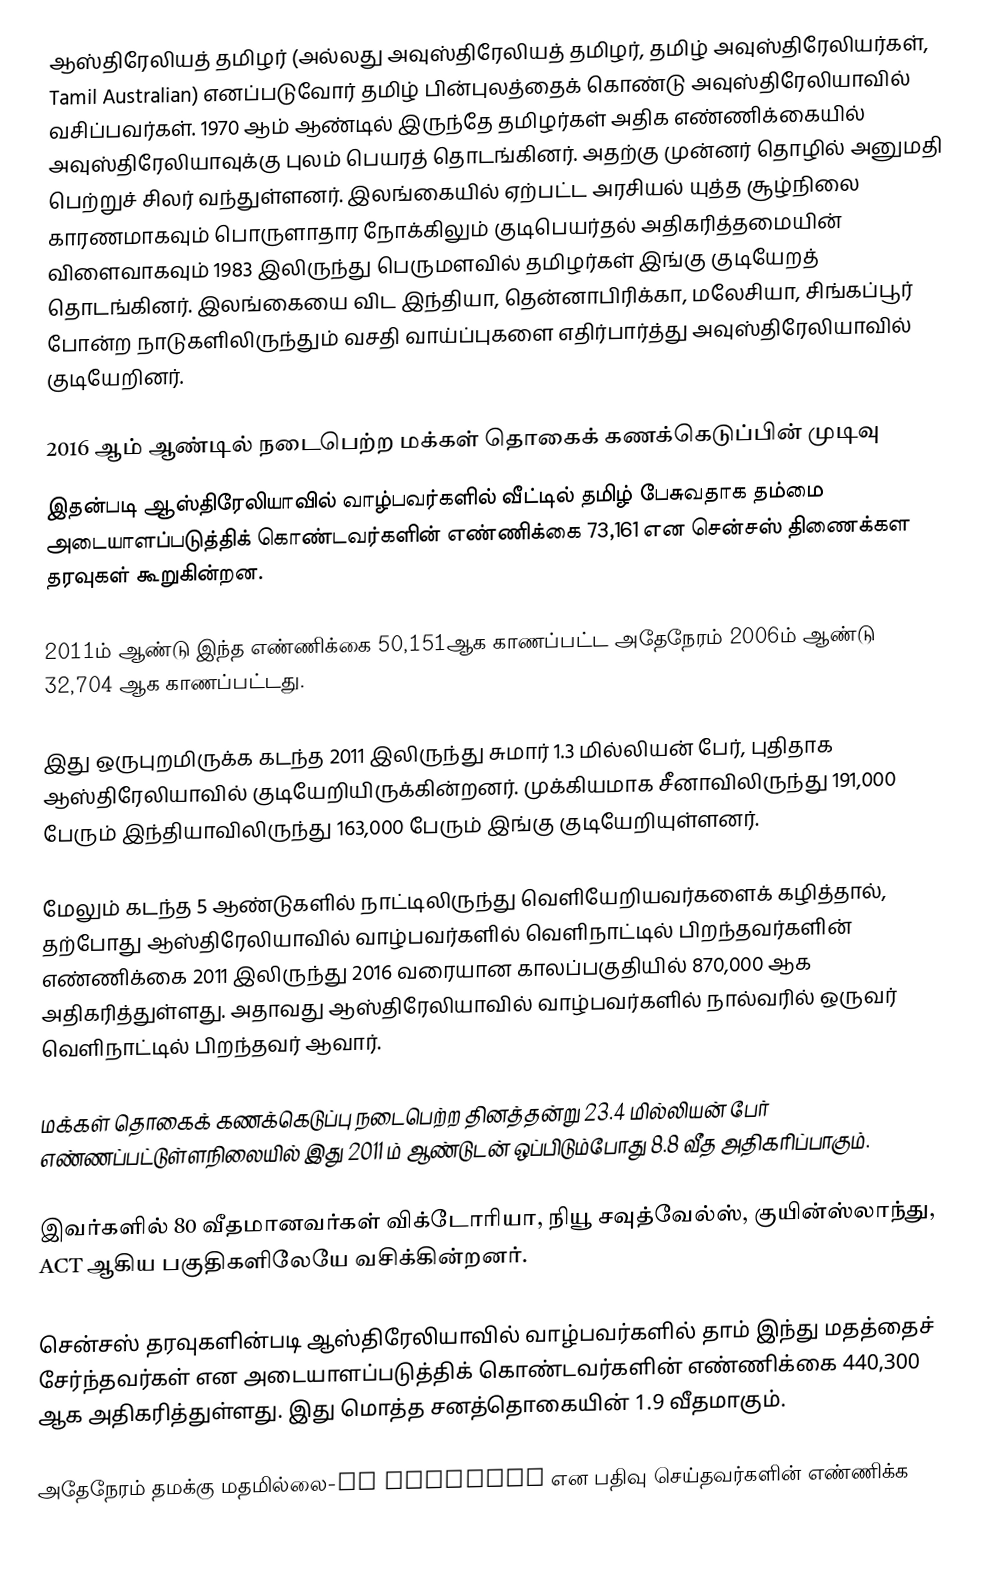
ஆஸ்திரேலியத் தமிழர் (அல்லது அவுஸ்திரேலியத் தமிழர், தமிழ் அவுஸ்திரேலியர்கள், Tamil Australian) எனப்படுவோர் தமிழ் பின்புலத்தைக் கொண்டு அவுஸ்திரேலியாவில் வசிப்பவர்கள். 1970 ஆம் ஆண்டில் இருந்தே தமிழர்கள் அதிக எண்ணிக்கையில் அவுஸ்திரேலியாவுக்கு புலம் பெயரத் தொடங்கினர். அதற்கு முன்னர் தொழில் அனுமதி பெற்றுச் சிலர் வந்துள்ளனர். இலங்கையில் ஏற்பட்ட அரசியல் யுத்த சூழ்நிலை காரணமாகவும் பொருளாதார நோக்கிலும் குடிபெயர்தல் அதிகரித்தமையின் விளைவாகவும் 1983 இலிருந்து பெருமளவில் தமிழர்கள் இங்கு குடியேறத் தொடங்கினர். இலங்கையை விட இந்தியா, தென்னாபிரிக்கா, மலேசியா, சிங்கப்பூர் போன்ற நாடுகளிலிருந்தும் வசதி வாய்ப்புகளை எதிர்பார்த்து அவுஸ்திரேலியாவில் குடியேறினர்.

2016 ஆம் ஆண்டில் நடைபெற்ற மக்கள் தொகைக் கணக்கெடுப்பின் முடிவு
இதன்படி ஆஸ்திரேலியாவில் வாழ்பவர்களில் வீட்டில் தமிழ் பேசுவதாக தம்மை அடையாளப்படுத்திக் கொண்டவர்களின் எண்ணிக்கை 73,161 என சென்சஸ் திணைக்கள தரவுகள் கூறுகின்றன.

2011ம் ஆண்டு இந்த எண்ணிக்கை 50,151ஆக காணப்பட்ட அதேநேரம் 2006ம் ஆண்டு 32,704 ஆக காணப்பட்டது.

இது ஒருபுறமிருக்க கடந்த 2011 இலிருந்து சுமார் 1.3 மில்லியன் பேர், புதிதாக ஆஸ்திரேலியாவில் குடியேறியிருக்கின்றனர். முக்கியமாக சீனாவிலிருந்து 191,000 பேரும் இந்தியாவிலிருந்து 163,000 பேரும் இங்கு குடியேறியுள்ளனர்.

மேலும் கடந்த 5 ஆண்டுகளில் நாட்டிலிருந்து வெளியேறியவர்களைக் கழித்தால், தற்போது ஆஸ்திரேலியாவில் வாழ்பவர்களில் வெளிநாட்டில் பிறந்தவர்களின் எண்ணிக்கை 2011 இலிருந்து 2016 வரையான காலப்பகுதியில் 870,000 ஆக அதிகரித்துள்ளது. அதாவது ஆஸ்திரேலியாவில் வாழ்பவர்களில் நால்வரில் ஒருவர் வெளிநாட்டில் பிறந்தவர் ஆவார்.

மக்கள் தொகைக் கணக்கெடுப்பு நடைபெற்ற தினத்தன்று 23.4 மில்லியன் பேர் எண்ணப்பட்டுள்ளநிலையில் இது 2011 ம் ஆண்டுடன் ஒப்பிடும்போது 8.8 வீத அதிகரிப்பாகும்.

இவர்களில் 80 வீதமானவர்கள் விக்டோரியா, நியூ சவுத்வேல்ஸ், குயின்ஸ்லாந்து, ACT ஆகிய பகுதிகளிலேயே வசிக்கின்றனர்.

சென்சஸ் தரவுகளின்படி ஆஸ்திரேலியாவில் வாழ்பவர்களில் தாம் இந்து மதத்தைச் சேர்ந்தவர்கள் என அடையாளப்படுத்திக் கொண்டவர்களின் எண்ணிக்கை 440,300 ஆக அதிகரித்துள்ளது. இது மொத்த சனத்தொகையின் 1.9 வீதமாகும்.

அதேநேரம் தமக்கு மதமில்லை-No Religion என பதிவு செய்தவர்களின் எண்ணிக்க